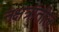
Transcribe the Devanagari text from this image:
नक्षत्रांतील